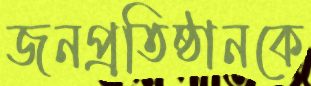
জনপ্রতিষ্ঠানকে